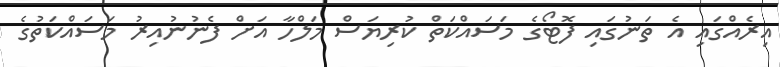
އިރެއްގައި އެ ތަނުގައި ފޮޓޯގެ މަސައްކަތް ކުރިޔަސް މަލްހާ އަށް ފެނުނުއިރު މަސައްކަތުގެ